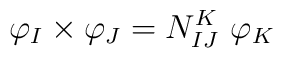
{\varphi }_I\times {\varphi }_J=N_{IJ}^K~{\varphi }_K